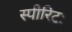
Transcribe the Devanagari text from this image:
स्पीरिटः